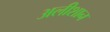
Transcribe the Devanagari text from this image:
अलीशान